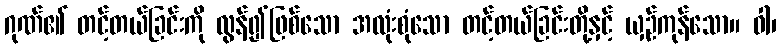
ဂုဏ်၏ တင့်တယ်ခြင်းကို လွန်၍ဖြစ်သော အလုံးစုံသော တင့်တယ်ခြင်းတို့နှင့် ယှဉ်ကုန်သော။ ဝါ၊